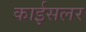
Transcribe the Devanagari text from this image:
काईसलर